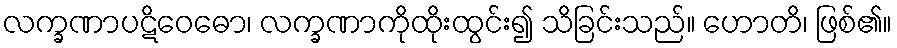
လက္ခဏာပဋိဝေဓော၊ လက္ခဏာကိုထိုးထွင်း၍ သိခြင်းသည်။ ဟောတိ၊ ဖြစ်၏။